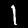
Label: 1